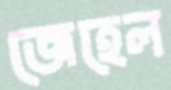
জেহেল